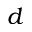
d